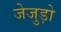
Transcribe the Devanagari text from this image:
जेजुड़ो